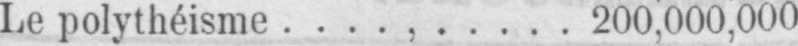
Le polythéisme ....,..... 200,000,000